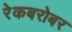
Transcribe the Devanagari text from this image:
रेकबरोबर